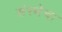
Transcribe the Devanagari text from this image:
संस्‍थेचा